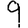
Digit: 9